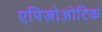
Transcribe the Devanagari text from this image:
एपिज़ोओटिक